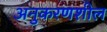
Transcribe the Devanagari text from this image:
अनुकरणशील